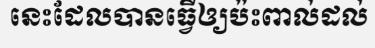
នេះដែលបានធ្វើឲ្យប៉ះពាល់ដល់